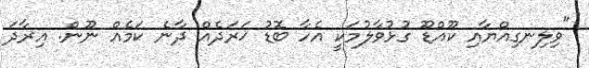
"ވިލިނގިއްޔާއި ކޫއްޑޫ ގުޅުވާލުމަކީ އެހާ ބޮޑު ޚަރަދެއް ދާނެ ކަމެއް ނޫން. އިރާދަ